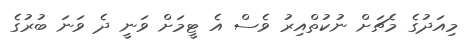
މިއަދުގެ މެޗަށް ނުކުތްއިރު ވެސް އެ ޓީމަށް ވަނީ ދެ ވަނަ ބުރުގެ